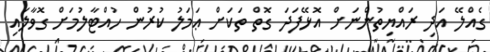
ގެއްލޭ އަދި ރައްޔިތުންނަށް އޮޅޭފަދަ ގޮތް ތަކަށް ޢަމަލު ކުރުން ހުއްޓާލުމަށް ގޮވާލައި